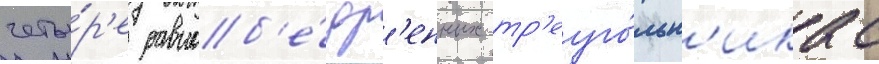
четы́р'е равноб'е́др'енных тр'еуго́льн'ика с